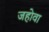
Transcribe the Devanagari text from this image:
जहोवा